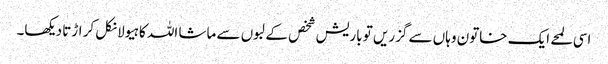
اسی لمحے ایک خاتون وہاں سے گزریں تو باریش شخص کے لبوں سے ماشا اللہ کا ہیولا نکل کر اڑتا دیکھا۔